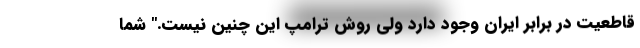
قاطعیت در برابر ایران وجود دارد ولی روش ترامپ این چنین نیست." شما